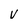
Character: v